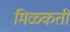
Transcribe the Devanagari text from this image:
मिळकती